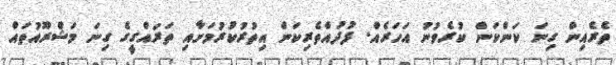
ތެރެއިން ގިނަ ކަންކަން ކުރެވުނު އަހަރެއް. ފުދުއްތެރިކަން އިތުރުކުރުމަށާއި ތަރައްގީގެ ގިނަ މަޝްރޫއުތައް